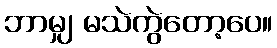
ဘာမျှ မသဲကွဲတော့ပေ။